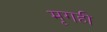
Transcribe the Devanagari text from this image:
मृगही